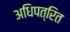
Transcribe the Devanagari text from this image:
अधिपत्रित